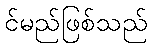
င်မည်ဖြစ်သည်